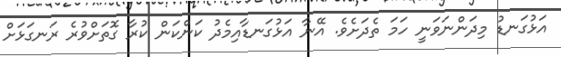
އަޅުގަނޑު މިދަންނަވަނީ ހަމަ ތެދަށެވެ. އޭނާ އަޅުގަނޑާއިމެދު ކަންކަން ކުރާ ގޮތަށްވުރެ ރަނގަޅަށް